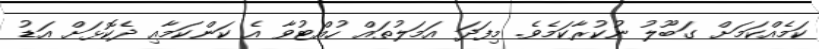
ކަމެއްކަމަށް ގަބޫލު ނުކުރާކަމެވެ. މިފަދަ އަމަލުތައް ހުއްޓުވާ އެ ކަންކަމާއި ދެކޮޅަށް އަޑު